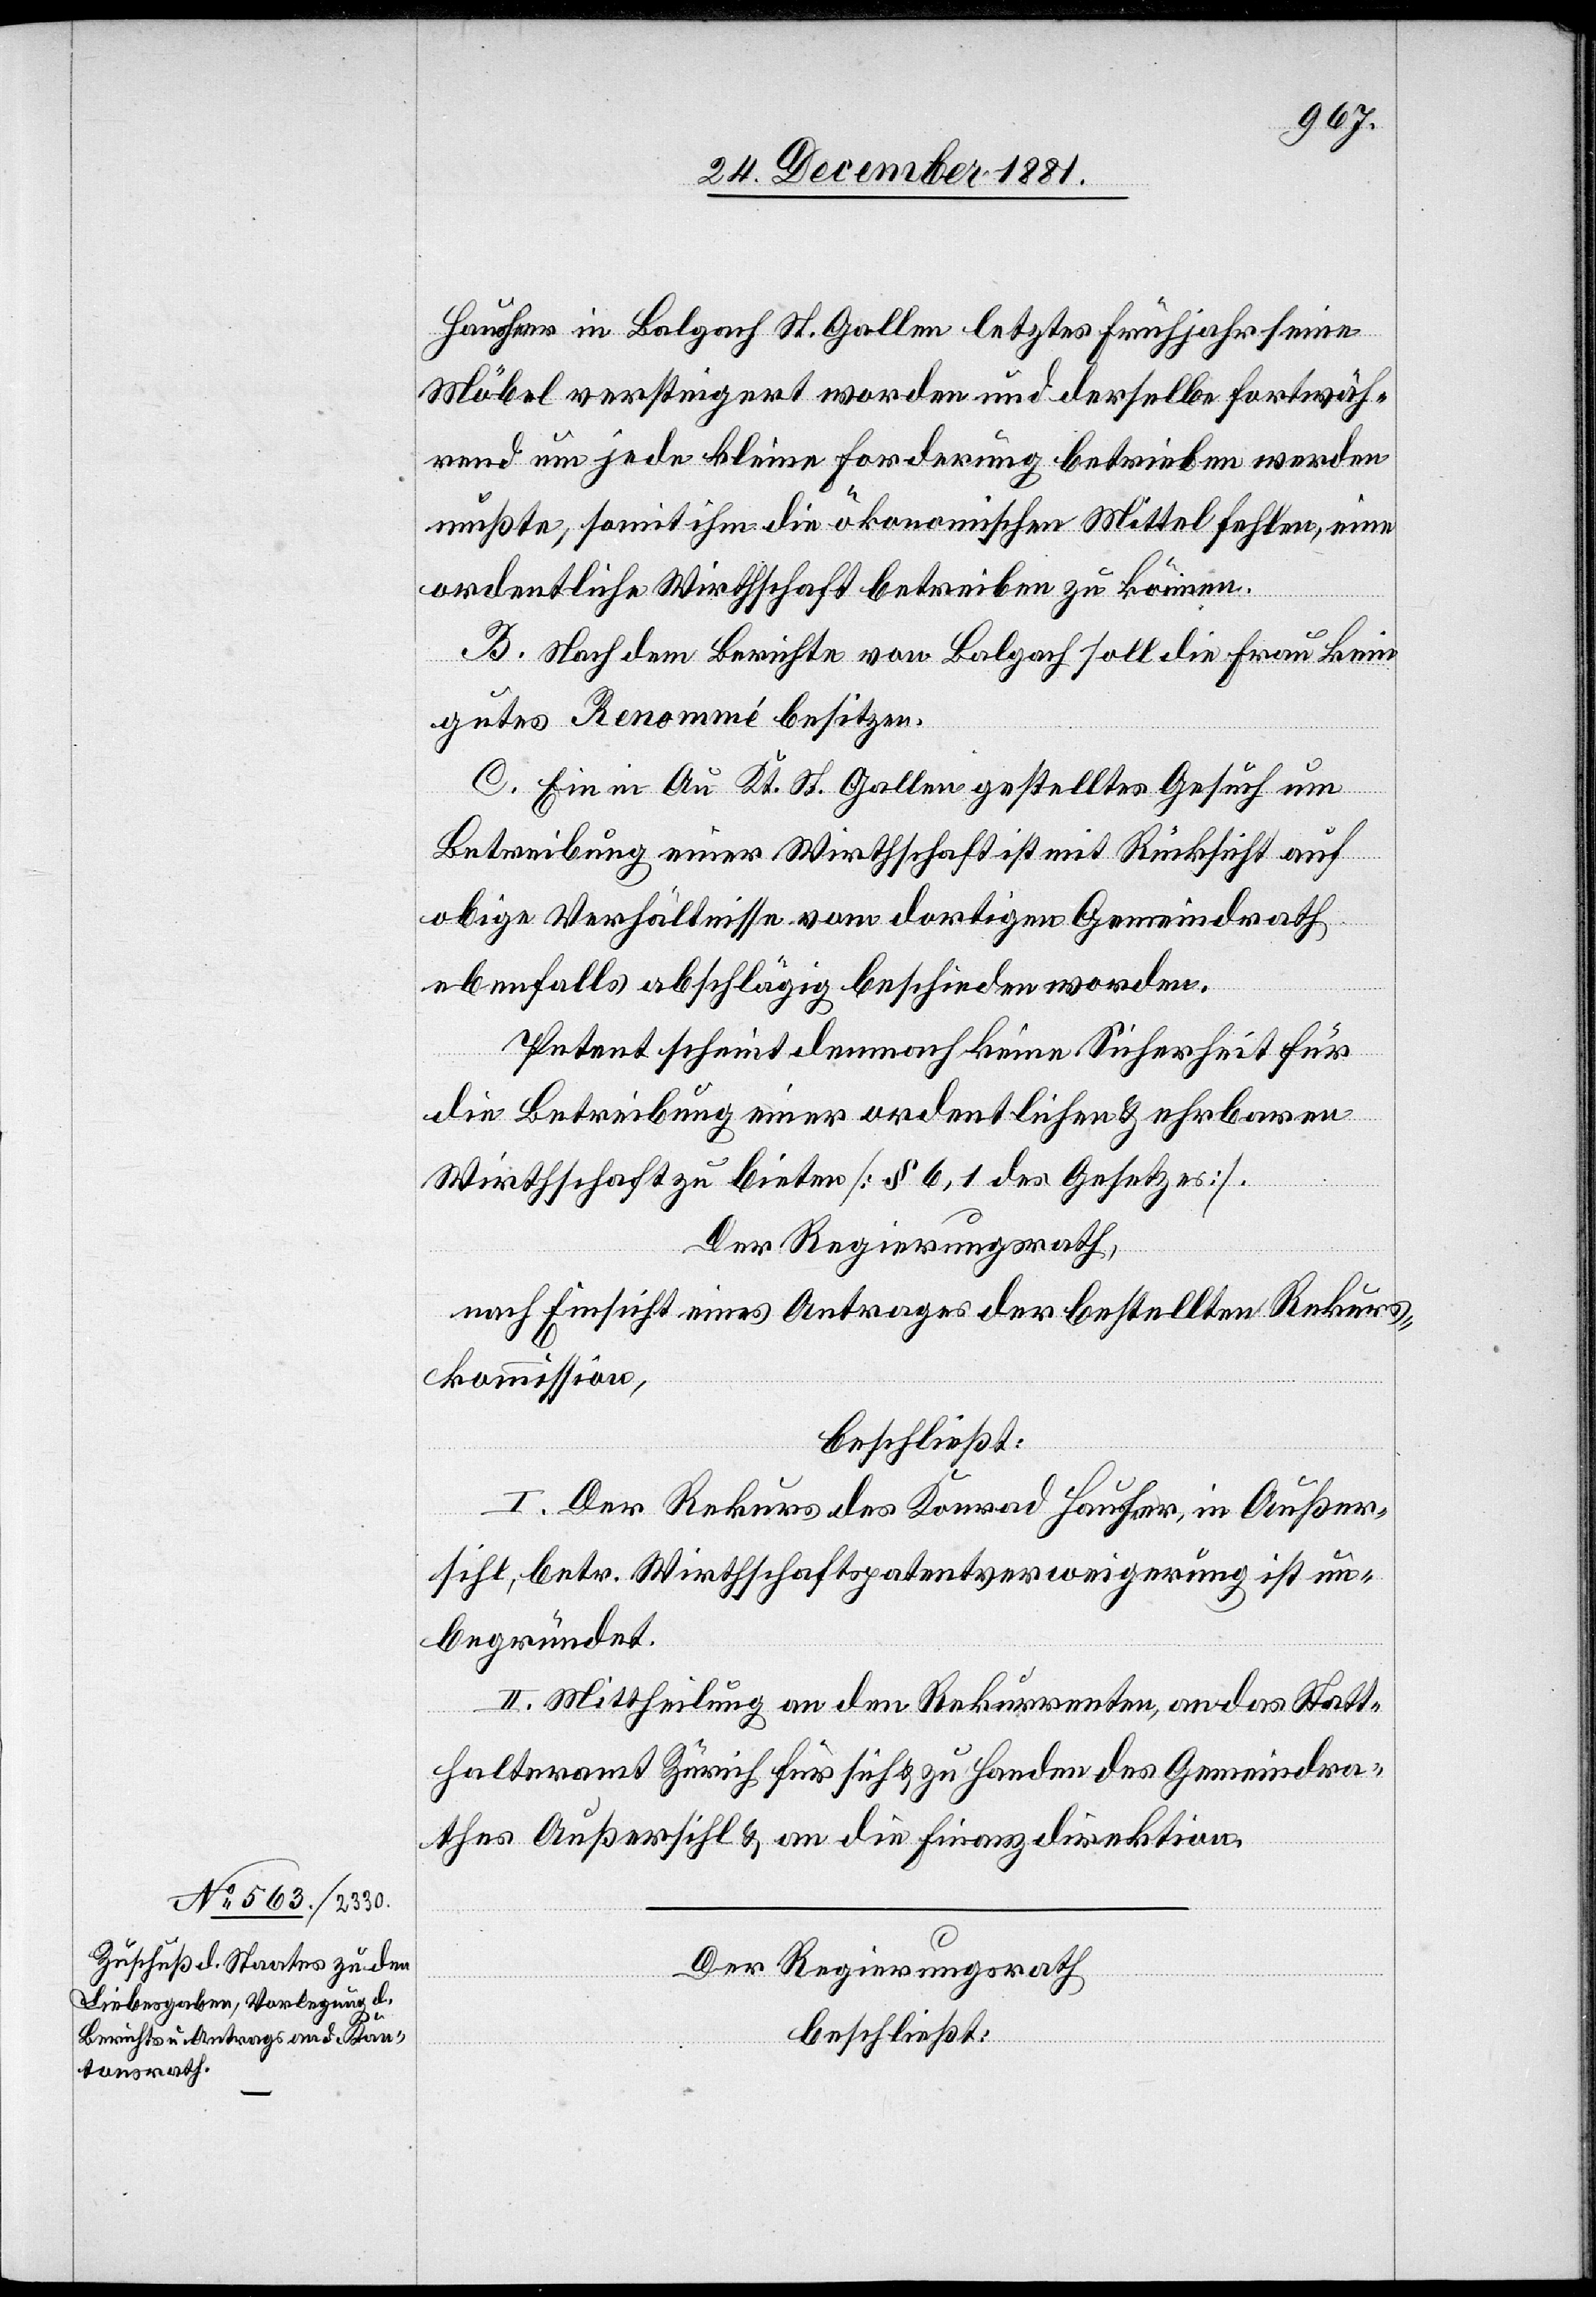
Hausheer in Balzach St. Gallen letzte Frühjahr seine
Möbel versteigert worden und derselbe fortwäh¬
rend um jede kleine Forderung betrieben werden
mußte, somit ihm die ökonomischen Mittel fehlen, eine
ordentliche Wirthschaft betreiben zu können.
B. Nach dem Berichte von Balzach soll die Frau kein
gutes Renommé besitzen.
C. Ein in Au Kt. St. Gallen gestelltes Gesuch um
Betreibung einer Wirthschaft ist mit Rücksicht auf
obige Verhältnisse vom dortigen Gemeindrath
ebenfalls abschlägig beschieden worden.
Petent scheint demnach keine Sicherheit für
die Betreibung einer ordentlichen & ehrbaren
Wirthschaft zu bieten [§ 6, 1 des Gesetzes].
Der Regierungsrath,
nach Einsicht eines Antrages der bestellten Rekurs¬
kommission,
beschließt:
I. Der Rekurs des Konrad Hausheer, in Außer¬
sihl, betr. Wirthschaftspatentverweigerung ist un¬
begründet.
II. Mittheilung an den Rekurrenten, an das Statt¬
halteramt Zürich für sich & zu Handen des Gemeindra¬
thes Außersihl & an die Finanzdirektion.
Der Regierungsrath,
beschließt: